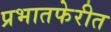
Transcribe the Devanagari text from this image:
प्रभातफेरीत